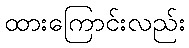
ထားကြောင်းလည်း